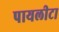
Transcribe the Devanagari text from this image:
पायलीटा